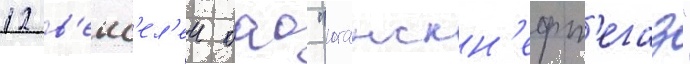
12 в'екс'ел'еи оао "юганскн'ефт'егаз"